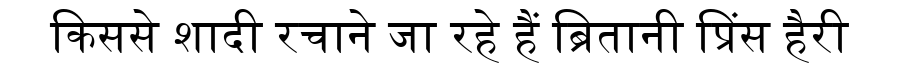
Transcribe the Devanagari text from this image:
किससे शादी रचाने जा रहे हैं ब्रितानी प्रिंस हैरी